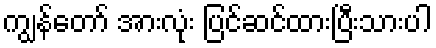
ကျွန်တော် အားလုံး ပြင်ဆင်ထားပြီးသားပါ